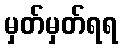
မှတ်မှတ်ရရ